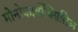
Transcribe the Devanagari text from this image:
मोनोकार्बोक्सिलिक